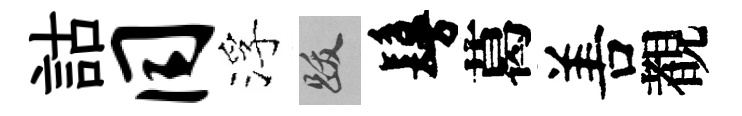
詁同浮跋鬘葛𠵊覩